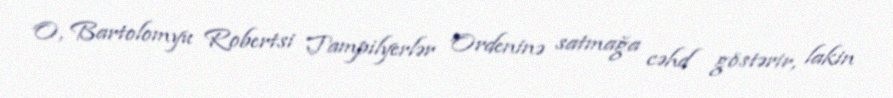
O, Bartolomyu Robertsi Tampilyerlər Ordeninə satmağa cəhd göstərir, lakin